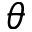
\theta